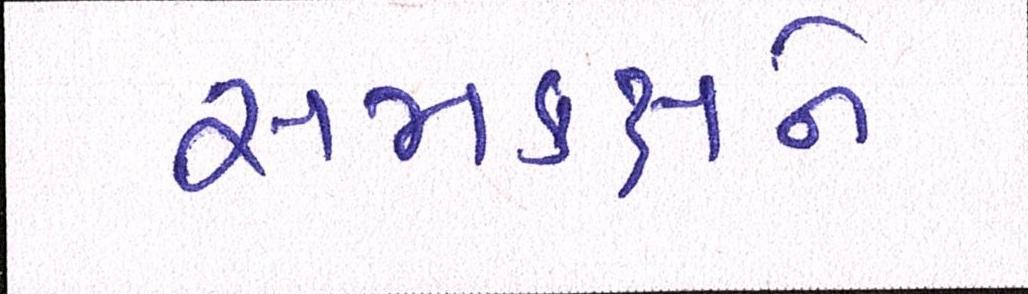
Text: સમકક્ષને